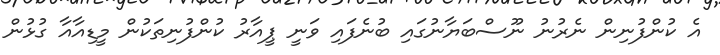
އެ ކުންފުނިން ނެރުނު ނޫސްބަޔާނުގައި ބުނެފައި ވަނީ ޕީއާރު ކުންފުނިތަކުން މީޑިއާއާ ގުޅުން